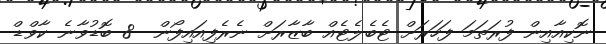
ނޮކިއާއިން ފުރަތަމަ ފަހަރަށް ޓެބެލެޓެއް ބާޒާރަށް ނެރެފިއައިފޯން  8 ބޮޑުވާނެ ކާވްޑް